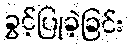
ခွင့်ပြုခဲ့ခြင်း